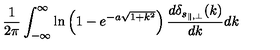
\frac { 1 } { 2 \pi } \int _ { - \infty } ^ { \infty } \ln \left( 1 - e ^ { - a \sqrt { 1 + k ^ { 2 } } } \right) \frac { d \delta _ { s _ { \parallel , \perp } } ( k ) } { d k } d k